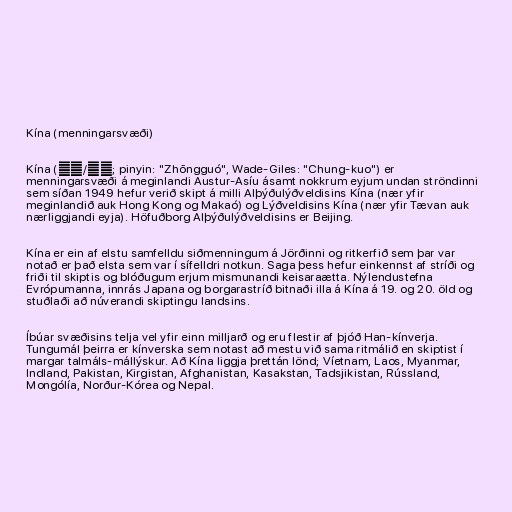
Kína (menningarsvæði)

Kína (中国/中國; pinyin: "Zhōngguó", Wade-Giles: "Chung-kuo") er
menningarsvæði á meginlandi Austur-Asíu ásamt nokkrum eyjum undan ströndinni
sem síðan 1949 hefur verið skipt á milli Alþýðulýðveldisins Kína (nær yfir
meginlandið auk Hong Kong og Makaó) og Lýðveldisins Kína (nær yfir Tævan auk
nærliggjandi eyja). Höfuðborg Alþýðulýðveldisins er Beijing.

Kína er ein af elstu samfelldu siðmenningum á Jörðinni og ritkerfið sem þar var
notað er það elsta sem var í sífelldri notkun. Saga þess hefur einkennst af stríði og
friði til skiptis og blóðugum erjum mismunandi keisaraætta. Nýlendustefna
Evrópumanna, innrás Japana og borgarastríð bitnaði illa á Kína á 19. og 20. öld og
stuðlaði að núverandi skiptingu landsins.

Íbúar svæðisins telja vel yfir einn milljarð og eru flestir af þjóð Han-kínverja.
Tungumál þeirra er kínverska sem notast að mestu við sama ritmálið en skiptist í
margar talmáls-mállýskur. Að Kína liggja þrettán lönd; Víetnam, Laos, Myanmar,
Indland, Pakistan, Kirgistan, Afghanistan, Kasakstan, Tadsjikistan, Rússland,
Mongólía, Norður-Kórea og Nepal.